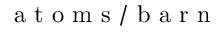
\mathrm { ~ a ~ t ~ o ~ m ~ s ~ / ~ b ~ a ~ r ~ n ~ }